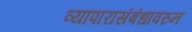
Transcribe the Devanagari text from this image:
व्यापारासंबंधावरुन